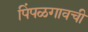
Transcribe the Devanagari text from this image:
पिंपळगावची